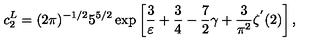
c _ { 2 } ^ { L } = ( 2 \pi ) ^ { - 1 / 2 } 5 ^ { 5 / 2 } \exp \left[ \frac { 3 } { \varepsilon } + \frac { 3 } { 4 } - \frac { 7 } { 2 } \gamma + \frac { 3 } { \pi ^ { 2 } } \zeta ^ { ' } ( 2 ) \right] ,